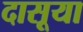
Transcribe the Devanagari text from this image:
दासूया